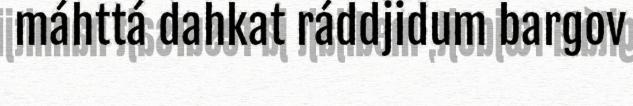
máhttá dahkat ráddjidum bargov